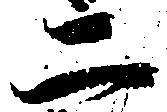
二